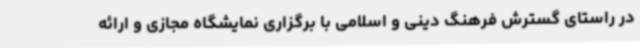
در راستای گسترش فرهنگ دینی و اسلامی با برگزاری نمایشگاه مجازی و ارائه